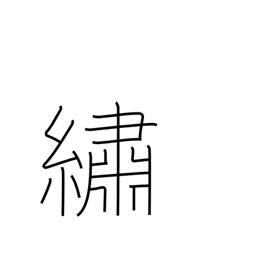
Meaning: embroider